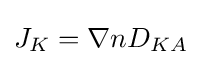
J_{K}=\nabla nD_{KA}